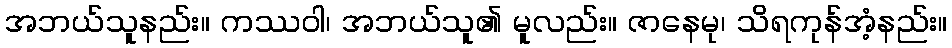
အဘယ်သူနည်း။ ကဿဝါ၊ အဘယ်သူ၏ မူလည်း။ ဇာနေမု၊ သိရကုန်အံ့နည်း။